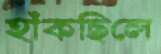
হাঁকছিলে